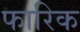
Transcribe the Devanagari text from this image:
फारिक